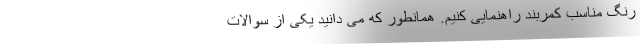
رنگ مناسب کمربند راهنمایی کنیم. همانطور که می دانید یکی از سوالات